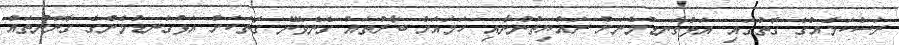
ރަސްކަމެއްގެ ގޮތުގައި. އަޅުގަނޑުމެނަށް ރައްޔިތުންނާއި ހަމައަށް ބާރުތައް ގެނެވޭނެ ގޮަތަކަށް އަޅުގަނޑުމެންގެ ގާނޫނުތައް